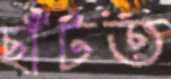
ছাঁটত